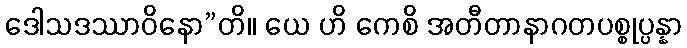
ဒေါသဒဿာဝိနော”တိ။ ယေ ဟိ ကေစိ အတီတာနာဂတပစ္စုပ္ပန္နာ